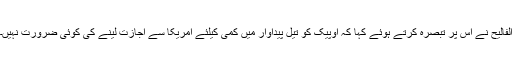
الفالیح نے اس پر تبصرہ کرتے ہوئے کہا کہ اوپیک کو تیل پیداوار میں کمی کیلئے امریکا سے اجازت لینے کی کوئی ضرورت نہیں۔